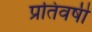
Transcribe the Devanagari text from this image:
प्रतिवषी